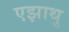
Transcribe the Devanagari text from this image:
एझाथु